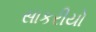
સાકરીયો